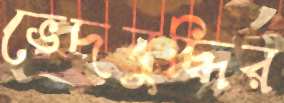
ভেদবুদ্ধির